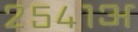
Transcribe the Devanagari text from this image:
२५४१अ